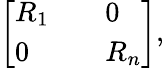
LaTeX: {\left[\begin{array}{lll}{R_{1}}&{}&{0}\\ {0}&{}&{R_{n}}\end{array}\right]},